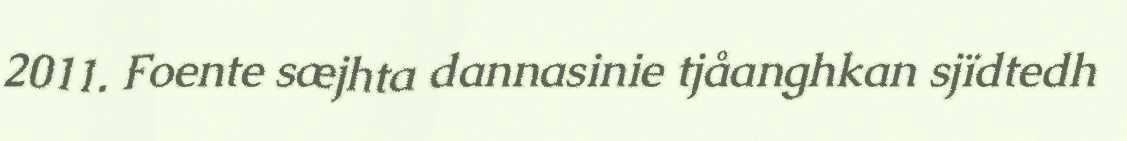
2011. Foente sæjhta dannasinie tjåanghkan sjïdtedh